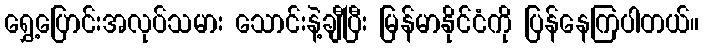
ရွှေ့ပြောင်းအလုပ်သမား သောင်းနဲ့ချီပြီး မြန်မာနိုင်ငံကို ပြန်နေကြပါတယ်။